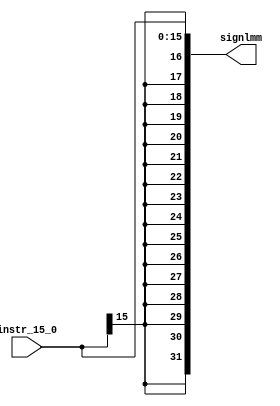
module sign_extend (
  input wire [15:0] instr_15_0, 
  output wire [31:0] signlmm
);
  
  assign signlmm = {{16 {instr_15_0[15]}} , instr_15_0[15:0]};

endmodule